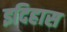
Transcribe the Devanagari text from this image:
इदिहास